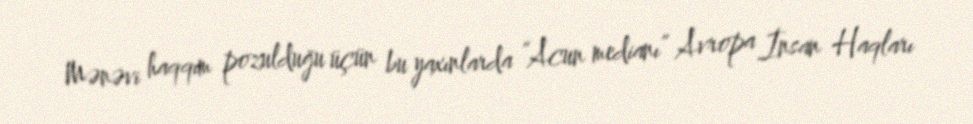
Mənəvi haqqım pozulduğu üçün bu yaxınlarda “Acun medianı” Avropa İnsan Haqları